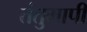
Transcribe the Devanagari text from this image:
तंतुमापी